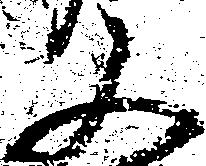
又